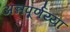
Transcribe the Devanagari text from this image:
अन्नपूर्णय्या